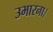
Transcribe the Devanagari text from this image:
उभारना।